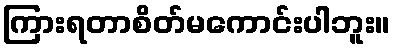
ကြားရတာစိတ်မကောင်းပါဘူး။